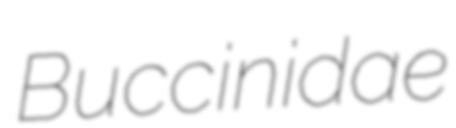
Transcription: Buccinidae